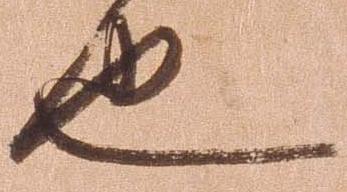
也